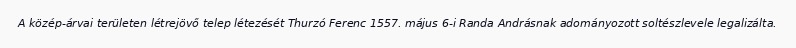
A közép-árvai területen létrejövő telep létezését Thurzó Ferenc 1557. május 6-i Randa Andrásnak adományozott soltészlevele legalizálta.